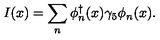
I ( x ) = \sum _ { n } \phi _ { n } ^ { \dagger } ( x ) \gamma _ { 5 } \phi _ { n } ( x ) .